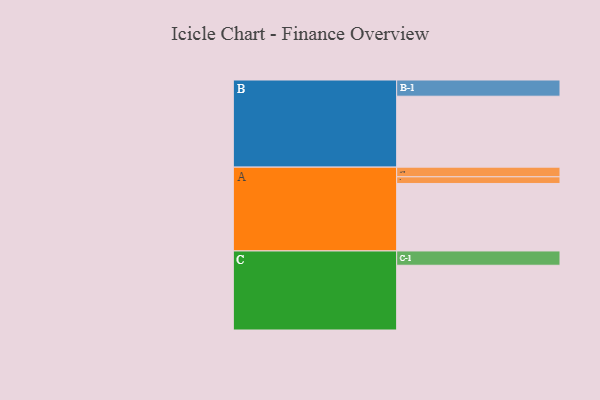
{"axis": {"x": "Segment", "y": "Value"}, "legend": ["", "A", "B", "C"], "data": [{"x": "A", "y": 566, "type": ""}, {"x": "B", "y": 595, "type": ""}, {"x": "C", "y": 543, "type": ""}, {"x": "A-1", "y": 56, "type": "A"}, {"x": "A-2", "y": 81, "type": "A"}, {"x": "B-1", "y": 136, "type": "B"}, {"x": "C-1", "y": 120, "type": "C"}]}